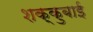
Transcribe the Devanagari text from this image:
शक्कुबाई